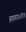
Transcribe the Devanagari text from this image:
हाता॥४॥